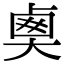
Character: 𡙏